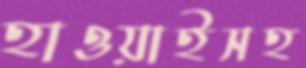
হাওয়াইসহ